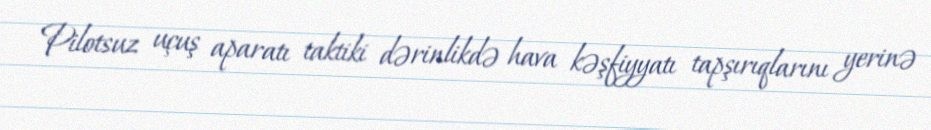
Pilotsuz uçuş aparatı taktiki dərinlikdə hava kəşfiyyatı tapşırıqlarını yerinə